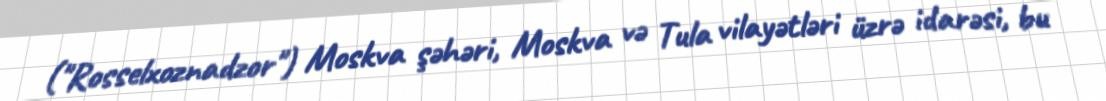
("Rosselxoznadzor") Moskva şəhəri, Moskva və Tula vilayətləri üzrə idarəsi, bu